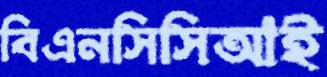
বিএনসিসিআই